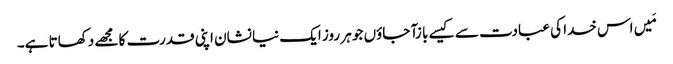
مَیں اس خدا کی عبادت سے کیسے با زآ جاؤں جو ہر روز ایک نیا نشان اپنی قدرت کا مجھے دکھاتا ہے۔